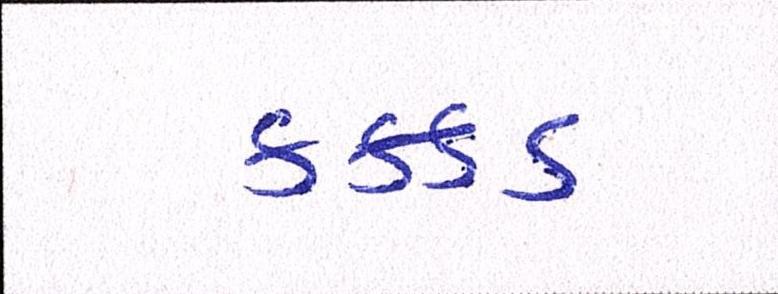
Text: કક્કડ